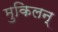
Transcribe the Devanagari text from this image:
मुकिलन्